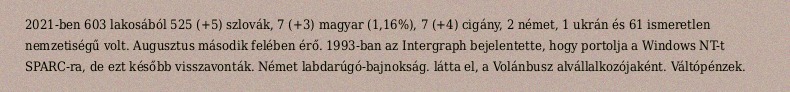
2021-ben 603 lakosából 525 (+5) szlovák, 7 (+3) magyar (1,16%), 7 (+4) cigány, 2 német, 1 ukrán és 61 ismeretlen nemzetiségű volt. Augusztus második felében érő. 1993-ban az Intergraph bejelentette, hogy portolja a Windows NT-t SPARC-ra, de ezt később visszavonták. Német labdarúgó-bajnokság. látta el, a Volánbusz alvállalkozójaként. Váltópénzek.